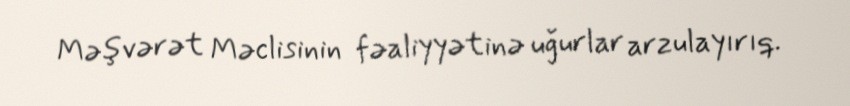
Məşvərət Məclisinin fəaliyyətinə uğurlar arzulayırıq.